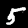
Label: 5